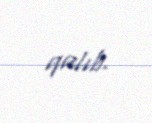
qalıb.